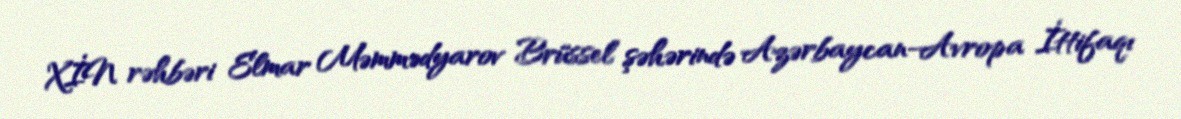
XİN rəhbəri Elmar Məmmədyarov Brüssel şəhərində Azərbaycan-Avropa İttifaqı